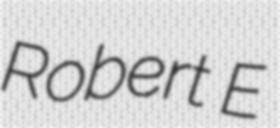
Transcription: Robert E